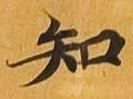
知